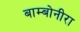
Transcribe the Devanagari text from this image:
बाम्बोनीरा